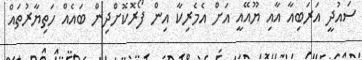
ސައުދީ އަރަބިއާ އާއި ޔޫއޭއީ އަށް އެމެރިކާ އިން ފޯރޮކޮށްދިން ބައެއް ހަތިޔާރުތައް